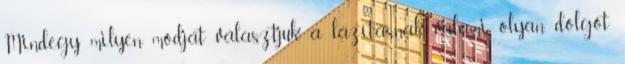
Mindegy milyen módját választjuk a lazításnak, valami olyan dolgot